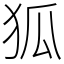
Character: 狐